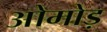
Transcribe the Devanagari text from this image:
ओमोड़